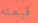
قبعته